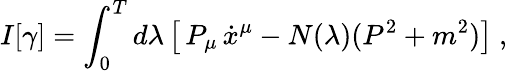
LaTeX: I[\gamma]=\int_{0}^{T}d\lambda\left[\, P_{\mu}\, \dot{x}^{\mu}-N(\lambda)(P^{2}+m^{2})\right]\ ,